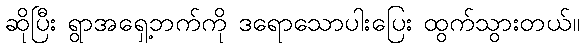
ဆိုပြီး ရွာအရှေ့ဘက်ကို ဒရောသောပါးပြေး ထွက်သွားတယ်။